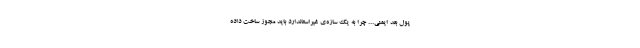
پول بعد ایمنی... چرا به یک سازه‌ی غیراستاندارد باید مجوز ساخت داده